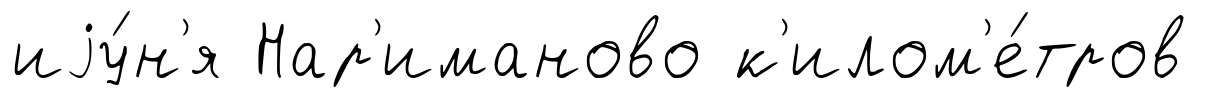
иjу́н'я Нар'иманово к'илом'е́тров